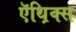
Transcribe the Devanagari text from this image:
ऍथ़िक्स